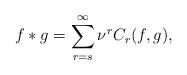
LaTeX: \begin{align*} f \ast g = \sum_{r=s}^\infty \nu^r C_r(f,g),\end{align*}